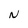
Character: N